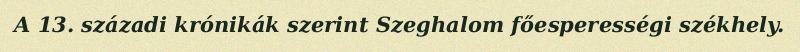
A 13. századi krónikák szerint Szeghalom főesperességi székhely.